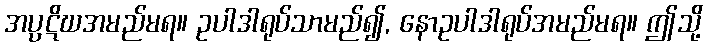
အပ္ပဋိဃအမည်မရ။ ဥပါဒါရုပ်သာမည်၍, နောဥပါဒါရုပ်အမည်မရ။ ဤသို့